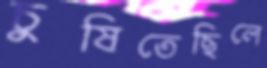
চুষিতেছিলে